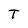
Character: T